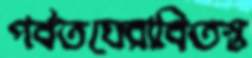
পর্বতঘেরাবিতস্ত